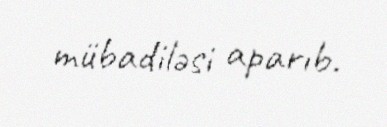
mübadiləsi aparıb.